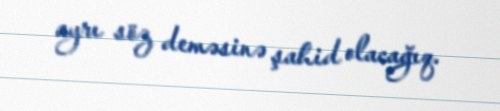
ayrı söz deməsinə şahid olacağıq.